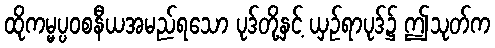
ထိုကမ္မပ္ပဝစနီယအမည်ရသော ပုဒ်တို့နှင့် ယှဉ်ရာပုဒ်၌ ဤသုတ်က